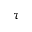
\tau